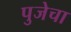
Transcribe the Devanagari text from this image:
पुजेचा